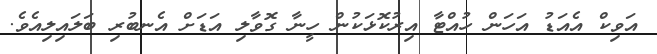
އަވިކް އެއަޑު އަހަން ހުއްޓާ އިރުކޮޅަކުން ހީނާ ގޮވާލި އަޑަށް އެނބުރި ބަލައިލިއެވެ.